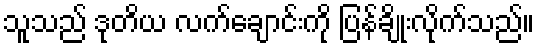
သူသည် ဒုတိယ လက်ချောင်းကို ပြန်ချိုးလိုက်သည်။